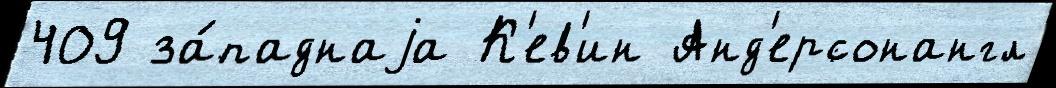
409 за́паднаjа К'ев'ин Анд'ерсонангл